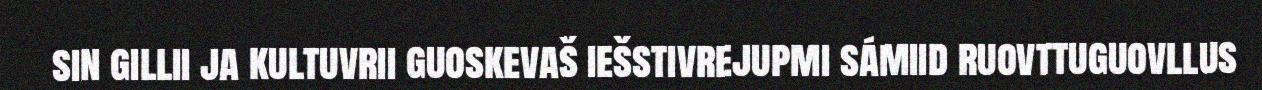
sin gillii ja kultuvrii guoskevaš iešstivrejupmi sámiid ruovttuguovllus